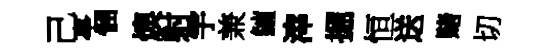
己亭悃燠射宇兼鱣滓掘恒送赌切